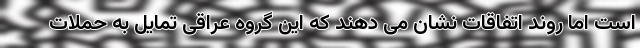
است اما روند اتفاقات نشان می دهند که این گروه عراقی تمایل به حملات